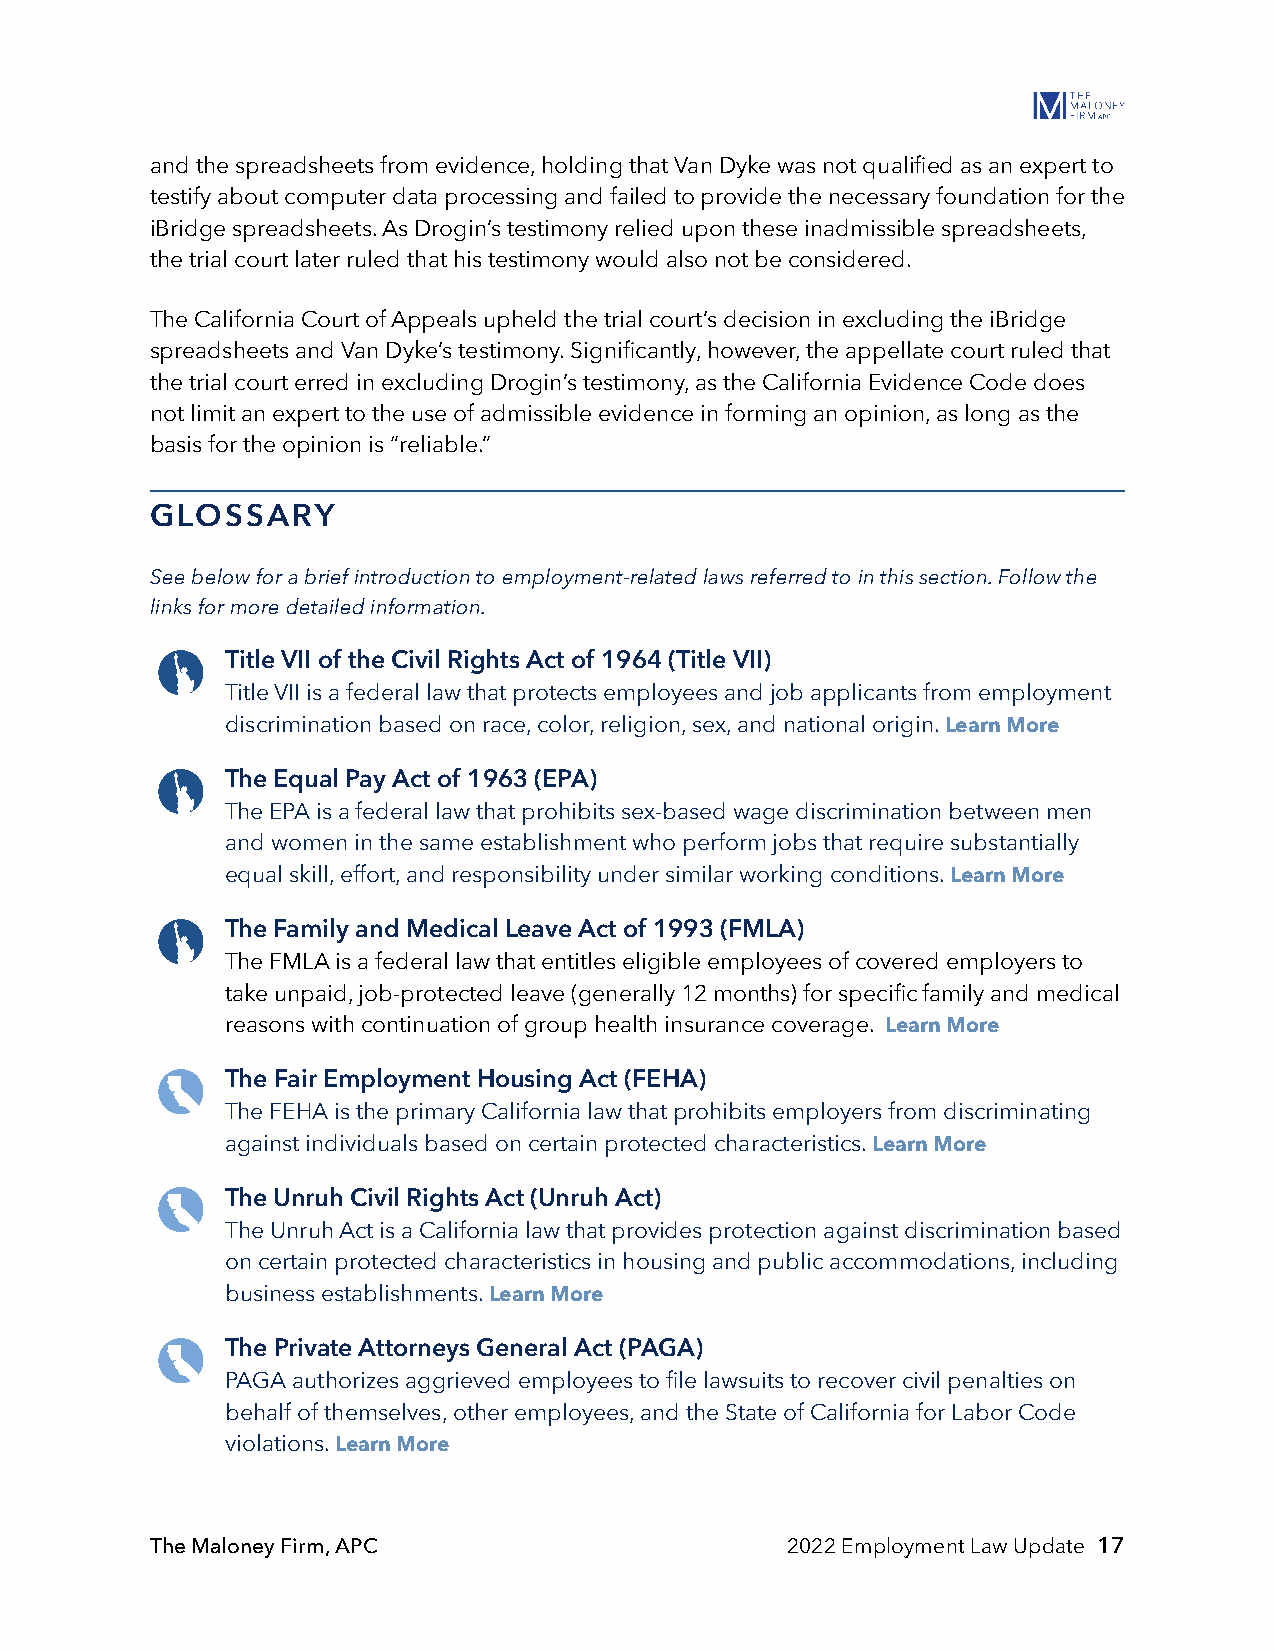
and the spreadsheets from evidence, holding that Van Dyke was not qualified as an expert to
 testify about computer data processing and failed to provide the necessary foundation for the
 iBridge spreadsheets. As Drogin’s testimony relied upon these inadmissible spreadsheets,
 the trial court later ruled that his testimony would also not be considered.
 The California Court of Appeals upheld the trial court’s decision in excluding the iBridge
 spreadsheets and Van Dyke’s testimony. Significantly, however, the appellate court ruled that
 the trial court erred in excluding Drogin’s testimony, as the California Evidence Code does
 not limit an expert to the use of admissible evidence in forming an opinion, as long as the
 basis for the opinion is “reliable.”
 GLOSSARY
 See below for a brief introduction to employment-related laws referred to in this section. Follow the
 links for more detailed information.
 Title VII of the Civil Rights Act of 1964 (Title VII)
 Title VII is a federal law that protects employees and job applicants from employment
 discrimination based on race, color, religion, sex, and national origin. Learn More
 The Equal Pay Act of 1963 (EPA)
 The EPA is a federal law that prohibits sex-based wage discrimination between men
 and women in the same establishment who perform jobs that require substantially
 equal skill, effort, and responsibility under similar working conditions. Learn More
 The Family and Medical Leave Act of 1993 (FMLA)
 The FMLA is a federal law that entitles eligible employees of covered employers to
 take unpaid, job-protected leave (generally 12 months) for specific family and medical
 reasons with continuation of group health insurance coverage. Learn More
 The Fair Employment Housing Act (FEHA)
 The FEHA is the primary California law that prohibits employers from discriminating
 against individuals based on certain protected characteristics. Learn More
 The Unruh Civil Rights Act (Unruh Act)
 The Unruh Act is a California law that provides protection against discrimination based
 on certain protected characteristics in housing and public accommodations, including
 business establishments. Learn More
 The Private Attorneys General Act (PAGA)
 PAGA authorizes aggrieved employees to file lawsuits to recover civil penalties on
 behalf of themselves, other employees, and the State of California for Labor Code
 violations. Learn More
 The Maloney Firm, APC                     2022 Employment Law Update 17